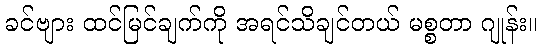
ခင်ဗျား ထင်မြင်ချက်ကို အရင်သိချင်တယ် မစ္စတာ ဂျုန်း။